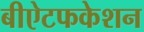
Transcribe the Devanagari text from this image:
बीऐटफकेशन